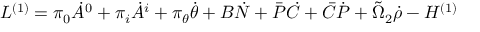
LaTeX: { \cal L } ^ { ( 1 ) } = \pi _ { 0 } \dot { A } ^ { 0 } + \pi _ { i } \dot { A } ^ { i } + \pi _ { \theta } \dot { \theta } + B \dot { N } + \bar { \cal P } \dot { \cal C } + \bar { \cal C } \dot { \cal P } + \tilde { \Omega } _ { 2 } \dot { \rho } - { \cal H } ^ { ( 1 ) }